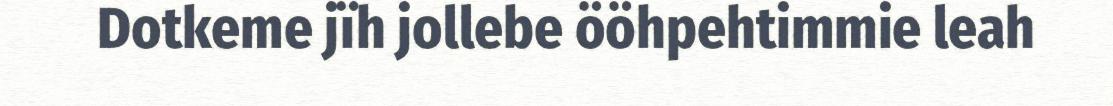
Dotkeme jïh jollebe ööhpehtimmie leah